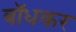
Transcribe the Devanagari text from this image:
बाॅधकर